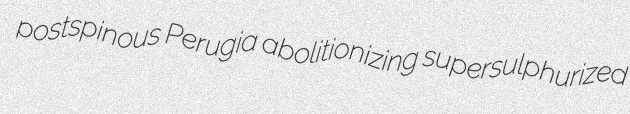
postspinous Perugia abolitionizing supersulphurized